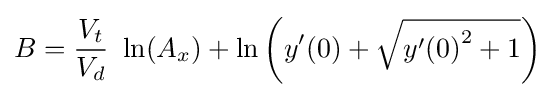
B={\frac {V_{t}}{V_{d}}}\ \ln(A_{x})+\ln \left(y'(0)+{\sqrt {{y'(0)}^{2}+1}}\right)